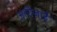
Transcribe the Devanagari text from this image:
अलीज़ाई